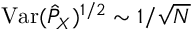
\mathrm { V a r } ( \hat { P } _ { X } ) ^ { 1 / 2 } \sim 1 / \sqrt { N }